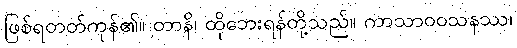
ဖြစ်ရတတ်ကုန်၏။ တာနိ၊ ထိုဘေးရန်တို့သည်။ ကာသာဝဝသနဿ၊